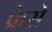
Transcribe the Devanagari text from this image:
फ्रेसे